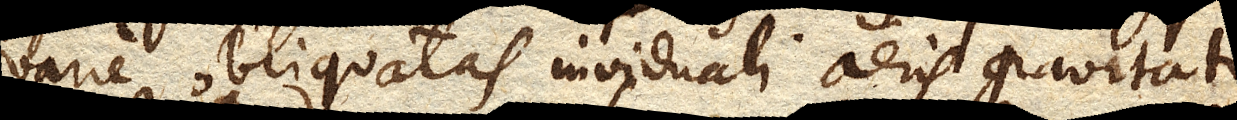
varie obliquatas individuali aeris gravitati